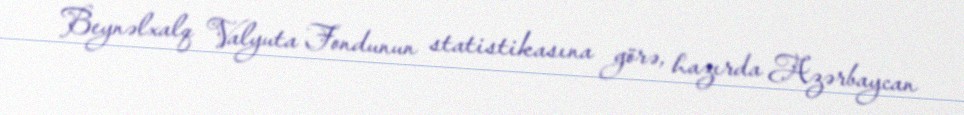
Beynəlxalq Valyuta Fondunun statistikasına görə, hazırda Azərbaycan